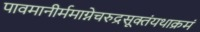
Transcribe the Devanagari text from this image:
पावमानीर्ममाग्नेचरुद्रसूक्तंयथाक्रमं